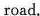
road.